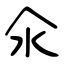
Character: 氽